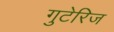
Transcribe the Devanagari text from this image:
गुटेरिज